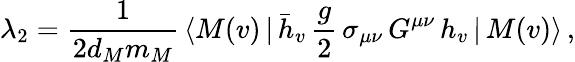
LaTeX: \lambda_{2}={\frac{1}{2d_{M}m_{M}}}\, \langle M(v)\, |\, \bar{h}_{v}\, {\frac{g}{2}}\, \sigma_{\mu\nu}\, G^{\mu\nu}\, h_{v}\, |\, M(v)\rangle\, ,